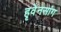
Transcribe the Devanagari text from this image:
हृवेनसांग